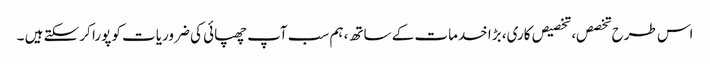
اس طرح تخصص، تخصیص کاری، بڑا خدمات کے ساتھ، ہم سب آپ چھپائی کی ضروریات کو پورا کر سکتے ہیں ۔